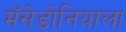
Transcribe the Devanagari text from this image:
मॅसेडोनियाला